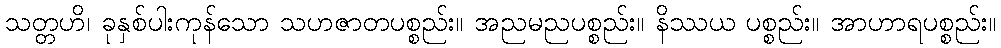
သတ္တဟိ၊ ခုနှစ်ပါးကုန်သော သဟဇာတပစ္စည်း။ အညမညပစ္စည်း။ နိဿယ ပစ္စည်း။ အာဟာရပစ္စည်း။